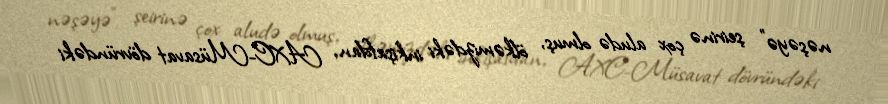
nəşəyə” şeirinə çox aludə olmuş, ölkəmizdəki inkişafdan, AXC-Müsavat dövründəki